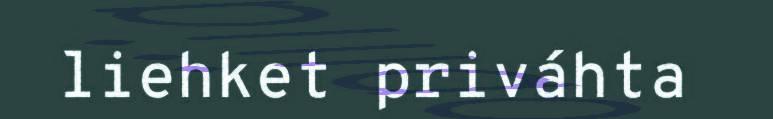
liehket priváhta